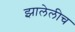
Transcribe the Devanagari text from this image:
झालेलीच